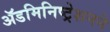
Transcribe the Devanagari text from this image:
ॲडमिनिष्ट्रेशनने